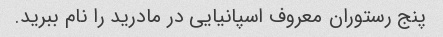
پنج رستوران معروف اسپانیایی در مادرید را نام ببرید.